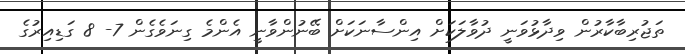
ތަޖުރިބާކާރުން ވިދާޅުވަނީ ދުވާލަކަށް އިންސާނަކަށް ބޭނުންވާނީ އެންމެ ގިނަވެގެން 7- 8 ގަޑިއިރުގެ